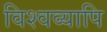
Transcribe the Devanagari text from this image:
विश्वव्यापि